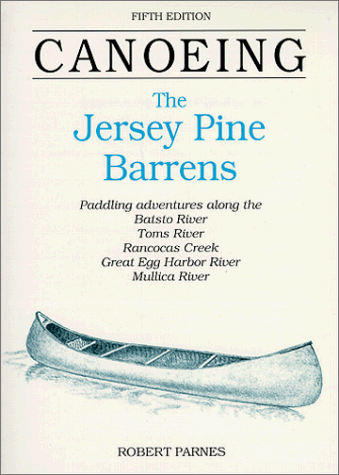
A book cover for Canoeing the Jersey Pine Barrens (Regional Paddling Series); Robert Parnes; Travel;